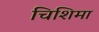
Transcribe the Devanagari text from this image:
चिशिमा